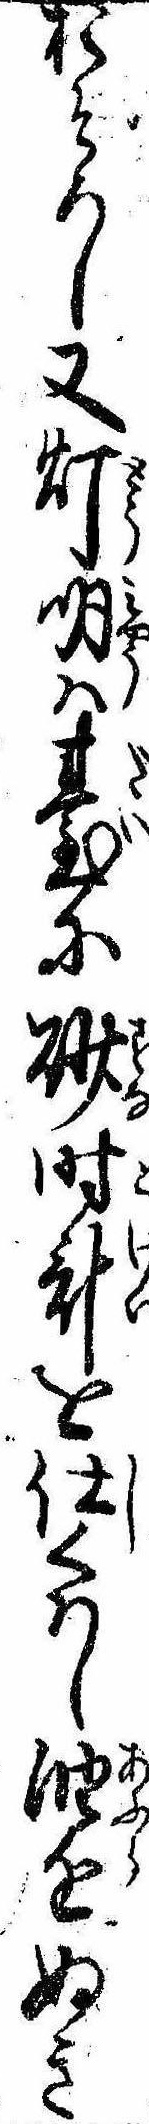
おそろし又灯明は台に砂時計を仕くはし油をぬき